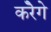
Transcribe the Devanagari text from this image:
करेॆगे